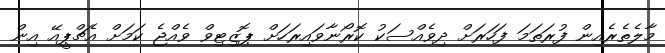
މާލެތެރެއިން ފުރަތަމަ ފަހަރަށް ދިވެއްސަކު ކޮރޯނާވައިރަހަށް ޕޮޒިޓިވް ވެއްޖެ ކަމަށް އެޗްޕީއޭ އިން